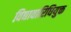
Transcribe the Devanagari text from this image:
विद्यावारिधियुक्त